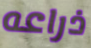
ذراعه